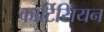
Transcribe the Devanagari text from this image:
कार्टिसियन